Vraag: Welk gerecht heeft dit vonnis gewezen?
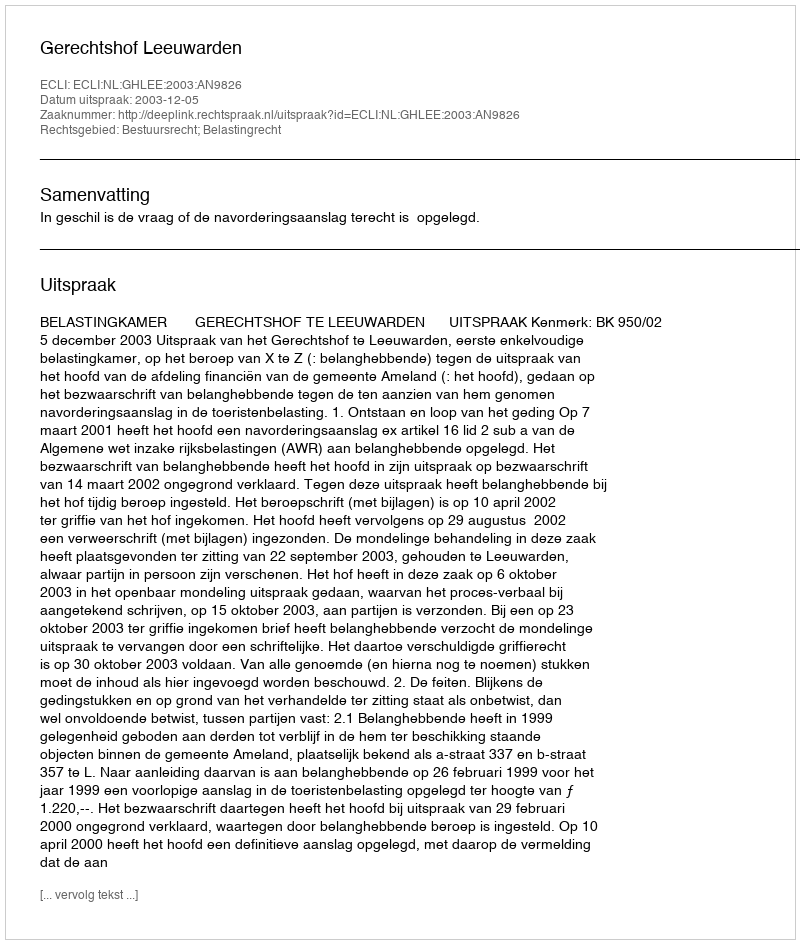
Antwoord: Gerechtshof Leeuwarden